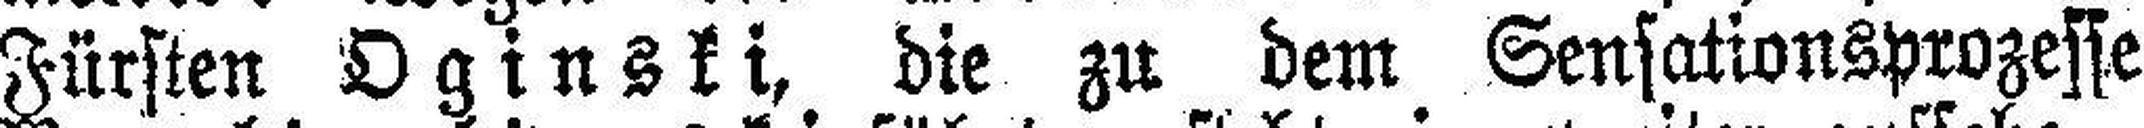
Fürsten Oginski, die zu dem Sensationsprozesse